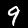
Digit: 9